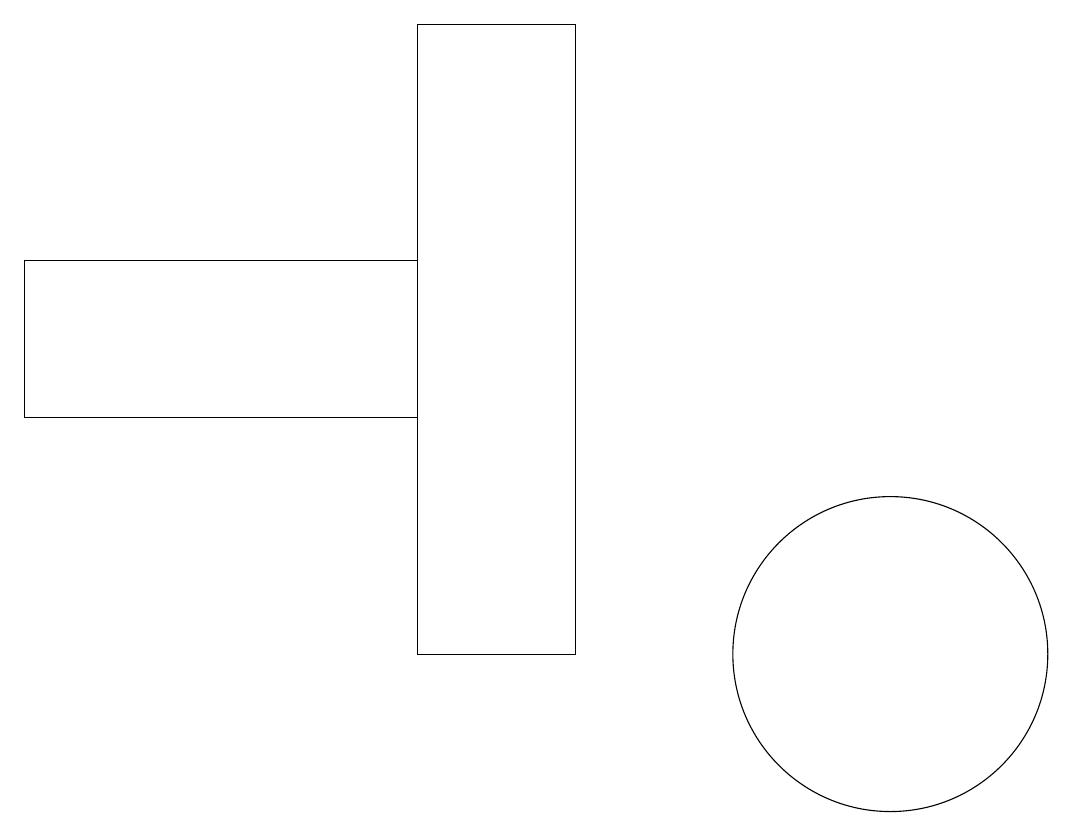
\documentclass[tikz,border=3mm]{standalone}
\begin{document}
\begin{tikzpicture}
\draw (6,19) rectangle (8,11);
\draw (12,11) circle (2);
\draw (1,16) rectangle (6,14);
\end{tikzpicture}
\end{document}